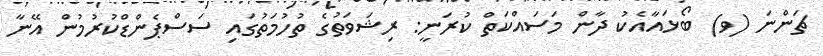
ޗަންނަ (ވ) ބޯޅައާއެކު ދާން މަސައްކަތް ކުރަނީ: ރިޝަވަތުގެ ތުހުމަތުގައި ސަސްޕެންޑްކުރުމުން އޭނާ